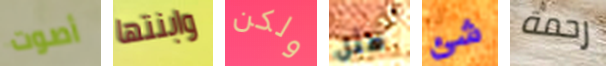
أصوت وابنتها ولكن مثل شئ رحمة